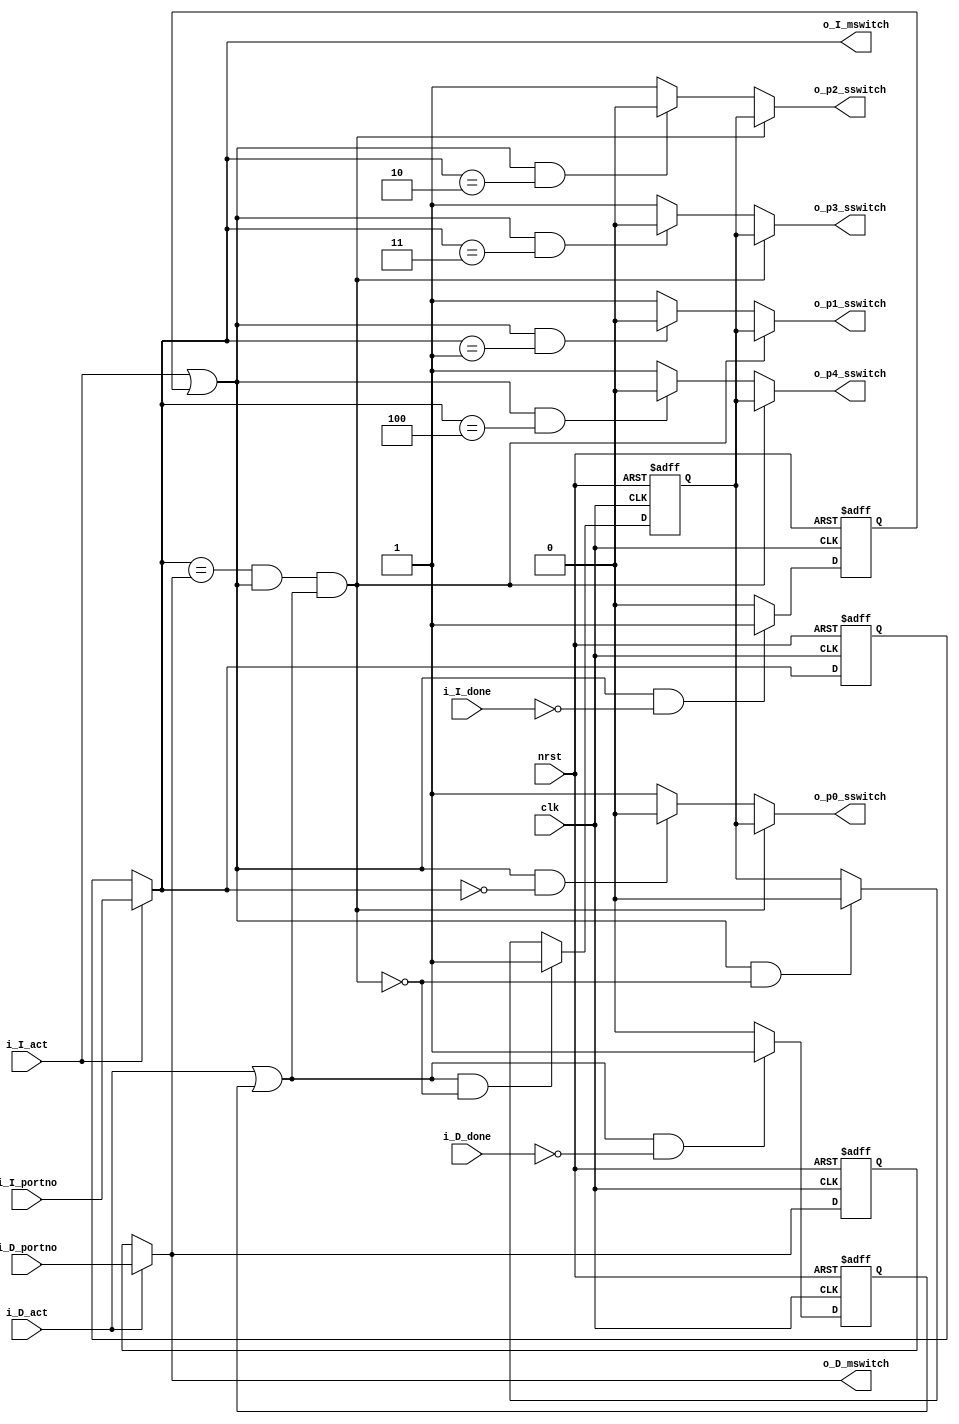
module fabric2_control #(
	parameter PORTNO_WIDTH = 11
)
(
	clk,
	nrst,
	/* Active and completed transactions */
	i_I_act,
	i_I_done,
	i_D_act,
	i_D_done,
	/* Destination ports */
	i_I_portno,
	i_D_portno,
	/* Master ports switch control */
	o_I_mswitch,
	o_D_mswitch,
	/* Slave ports switch control */
	o_p0_sswitch,
	o_p1_sswitch,
	o_p2_sswitch,
	o_p3_sswitch,
	o_p4_sswitch
);
input wire			clk;
input wire			nrst;
/* Active transactions */
input wire			i_I_act;
input wire			i_I_done;
input wire			i_D_act;
input wire			i_D_done;
/* Destination ports */
input wire [PORTNO_WIDTH-1:0]	i_I_portno;
input wire [PORTNO_WIDTH-1:0]	i_D_portno;
/* Master ports switch control */
output wire [PORTNO_WIDTH-1:0]	o_I_mswitch;
output wire [PORTNO_WIDTH-1:0]	o_D_mswitch;
/* Slave ports switch control */
output wire			o_p0_sswitch;
output wire			o_p1_sswitch;
output wire			o_p2_sswitch;
output wire			o_p3_sswitch;
output wire			o_p4_sswitch;


/** Internal wires and registers **/

reg			instr_act_r;
reg			data_act_r;
reg [PORTNO_WIDTH-1:0]	i_portno_r;
reg [PORTNO_WIDTH-1:0]	d_portno_r;
wire			instr_act = i_I_act || instr_act_r;
wire			data_act = i_D_act || data_act_r;
wire [PORTNO_WIDTH-1:0]	i_portno = i_I_act ? i_I_portno : i_portno_r;
wire [PORTNO_WIDTH-1:0]	d_portno = i_D_act ? i_D_portno : d_portno_r;
wire			confl = (i_portno == d_portno && instr_act && data_act);
reg			c_sw_r;


always @(posedge clk or negedge nrst)
begin
	if(!nrst)
	begin
		instr_act_r <= 1'b0;
		data_act_r <= 1'b0;
		i_portno_r <= { (PORTNO_WIDTH){1'b0} };
		d_portno_r <= { (PORTNO_WIDTH){1'b0} };
		c_sw_r <= 1'b0;
	end
	else
	begin
		/* Current active transactions */
		instr_act_r <= ((i_I_act || instr_act_r) && !i_I_done ? 1'b1 : 1'b0);
		data_act_r <= ((i_D_act || data_act_r) && !i_D_done ? 1'b1 : 1'b0);

		/* Destination ports */
		if(i_I_act)
			i_portno_r <= i_I_portno;

		if(i_D_act)
			d_portno_r <= i_D_portno;

		/* Conflict resolution. In case of conflict c_sw_r selects source. */
		if(instr_act && !confl)
			c_sw_r <= 1'b0;

		if(data_act && !confl)
			c_sw_r <= 1'b1;
	end
end


/* Slave ports switch control logic */
assign o_p0_sswitch = !confl ? ((instr_act && i_portno == 'd0) ? 1'b0 : 1'b1) : c_sw_r;
assign o_p1_sswitch = !confl ? ((instr_act && i_portno == 'd1) ? 1'b0 : 1'b1) : c_sw_r;
assign o_p2_sswitch = !confl ? ((instr_act && i_portno == 'd2) ? 1'b0 : 1'b1) : c_sw_r;
assign o_p3_sswitch = !confl ? ((instr_act && i_portno == 'd3) ? 1'b0 : 1'b1) : c_sw_r;
assign o_p4_sswitch = !confl ? ((instr_act && i_portno == 'd4) ? 1'b0 : 1'b1) : c_sw_r;


/* Master ports switch control logic */
assign o_I_mswitch = i_portno;
assign o_D_mswitch = d_portno;


endmodule